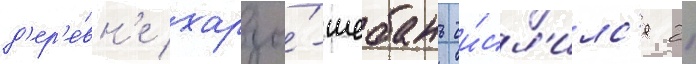
д'ер'е́вн'е харзы́-шебань чи́сл'илс'я 21